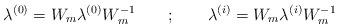
LaTeX: \begin{align*}\lambda ^{(0)} = W_m\lambda ^{(0)} W_m^{-1} \quad\quad ; \quad \quad\lambda ^{(i)} = W_m\lambda ^{(i)} W_m^{-1}\end{align*}